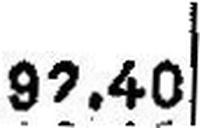
97.40